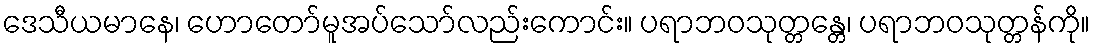
ဒေသီယမာနေ၊ ဟောတော်မူအပ်သော်လည်းကောင်း။ ပရာဘဝသုတ္တန္တေ၊ ပရာဘဝသုတ္တန်ကို။